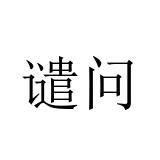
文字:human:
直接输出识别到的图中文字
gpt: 谴问